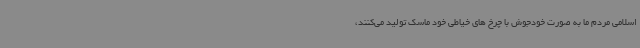
اسلامی مردم ما به صورت خودجوش با چرخ های خیاطی خود ماسک تولید می‌کنند،